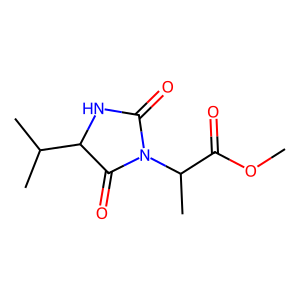
SMILES: COC(=O)C(C)N1C(=O)NC(C(C)C)C1=O
Inhibits HIV replication: No